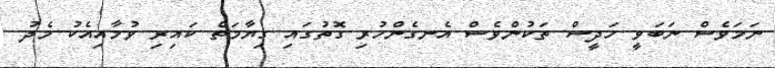
ނަމަވެސް ނަބަވީ ހަދީސް ތަކުންވެސް އެނގެންހުރި ގޮތުގައި ގިޔާމަތް ކައިރި ވުމާއިއެކު މެދު